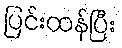
ပြင်းထန်ပြီး